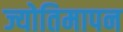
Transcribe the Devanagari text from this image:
ज्योतिमापन